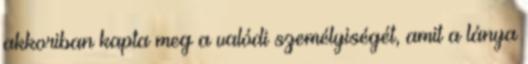
akkoriban kapta meg a valódi személyiségét, amit a lánya